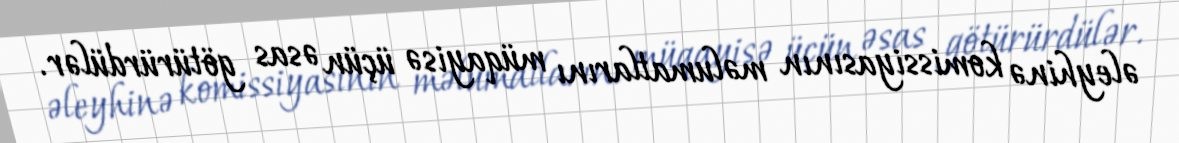
əleyhinə komissiyasının məlumatlarını müqayisə üçün əsas götürürdülər.